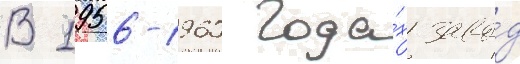
В 1956-1960 года́х заво́д